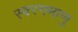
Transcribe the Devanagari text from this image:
स्वरगमाणु